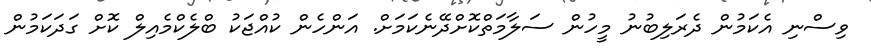
ވިސްނި އެކަމުން ދެރަލިބުނު މީހުން ސަލާމަތްކޮށްދޭނެކަމަށް. އަންހެން ކުއްޖަކު ބްލެކްމެއިލް ކޮށް ގަދަކަމުން